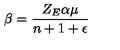
\beta = \frac { Z _ { E } \alpha \mu } { n + 1 + \epsilon }